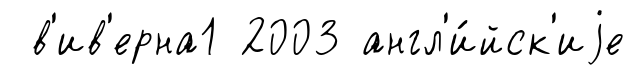
в'ив'ерна1 2003 англ'и́йск'иjе